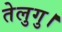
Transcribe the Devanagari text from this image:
तेलुगु।